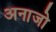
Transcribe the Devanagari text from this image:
अनाजो